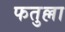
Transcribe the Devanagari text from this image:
फतुल्ला